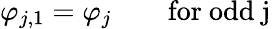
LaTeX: \varphi_{j,1}=\varphi_{j}\qquad\mathrm{for~odd~j~}